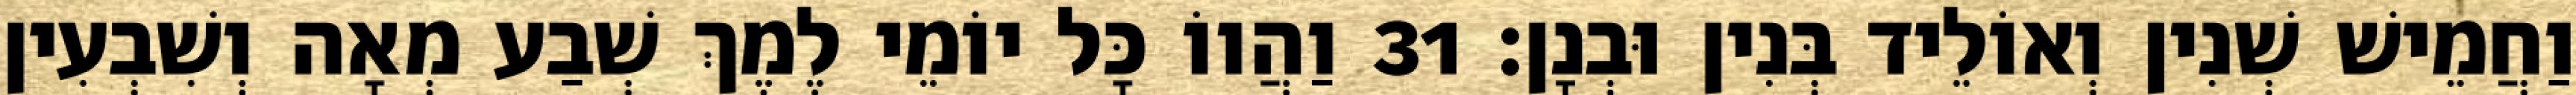
וַחֲמֵישׁ שְׁנִין וְאוֹלֵיד בְּנִין וּבְנָן׃ 31 וַהֲווֹ כָּל יוֹמֵי לֶמֶךְ שְׁבַע מְאָה וְשִׁבְעִין